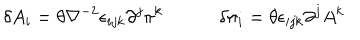
\delta A _ { i } = \theta \nabla ^ { - 2 } \epsilon _ { i j k } \partial ^ { j } \pi ^ { k } \quad \qquad \delta \pi _ { i } = \theta \epsilon _ { i j k } \partial ^ { j } A ^ { k }